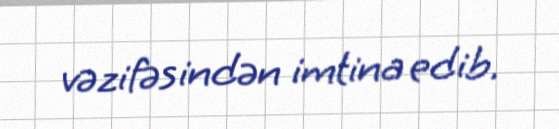
vəzifəsindən imtina edib.